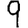
Digit: 9